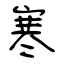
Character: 寒